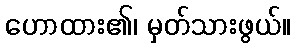
ဟောထား၏၊ မှတ်သားဖွယ်။